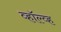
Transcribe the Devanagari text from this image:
व्हॉल्व्ह